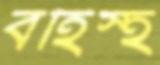
বহিস্হ